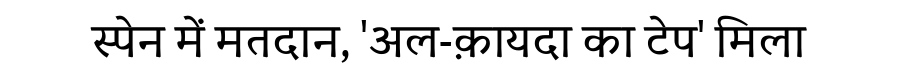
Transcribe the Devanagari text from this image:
स्पेन में मतदान, 'अल-क़ायदा का टेप' मिला